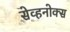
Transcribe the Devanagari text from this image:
सेव्हनोक्स